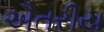
ઐતરીય